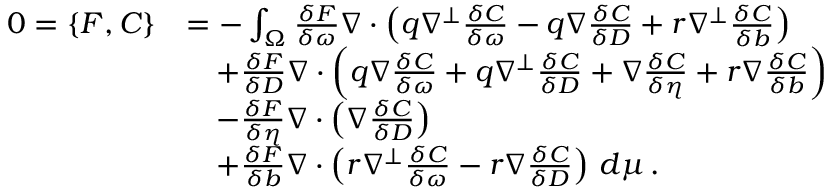
\begin{array} { r l } { 0 = \{ F , C \} } & { = - \int _ { \Omega } \frac { \delta F } { \delta \omega } \nabla \cdot \left( q \nabla ^ { \perp } \frac { \delta C } { \delta \omega } - q \nabla \frac { \delta C } { \delta D } + r \nabla ^ { \perp } \frac { \delta C } { \delta b } \right) } \\ & { \quad + \frac { \delta F } { \delta D } \nabla \cdot \left( q \nabla \frac { \delta C } { \delta \omega } + q \nabla ^ { \perp } \frac { \delta C } { \delta D } + \nabla \frac { \delta C } { \delta \eta } + r \nabla \frac { \delta C } { \delta b } \right) } \\ & { \quad - \frac { \delta F } { \delta \eta } \nabla \cdot \left( \nabla \frac { \delta C } { \delta D } \right) } \\ & { \quad + \frac { \delta F } { \delta b } \nabla \cdot \left( r \nabla ^ { \perp } \frac { \delta C } { \delta \omega } - r \nabla \frac { \delta C } { \delta D } \right) \, d \mu \, . } \end{array}